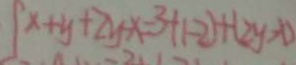
\int x + y + 2 y - x = 3 - ( 1 - 2 ) + ( 2 y - x )